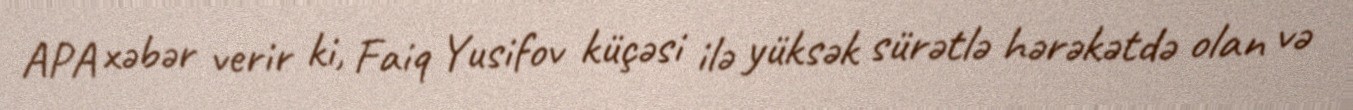
APA xəbər verir ki, Faiq Yusifov küçəsi ilə yüksək sürətlə hərəkətdə olan və